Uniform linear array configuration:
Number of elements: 64
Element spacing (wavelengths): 0.25
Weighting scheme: hamming
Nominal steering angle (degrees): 60
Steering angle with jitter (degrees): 58.45
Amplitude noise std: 0.05
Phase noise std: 0.05

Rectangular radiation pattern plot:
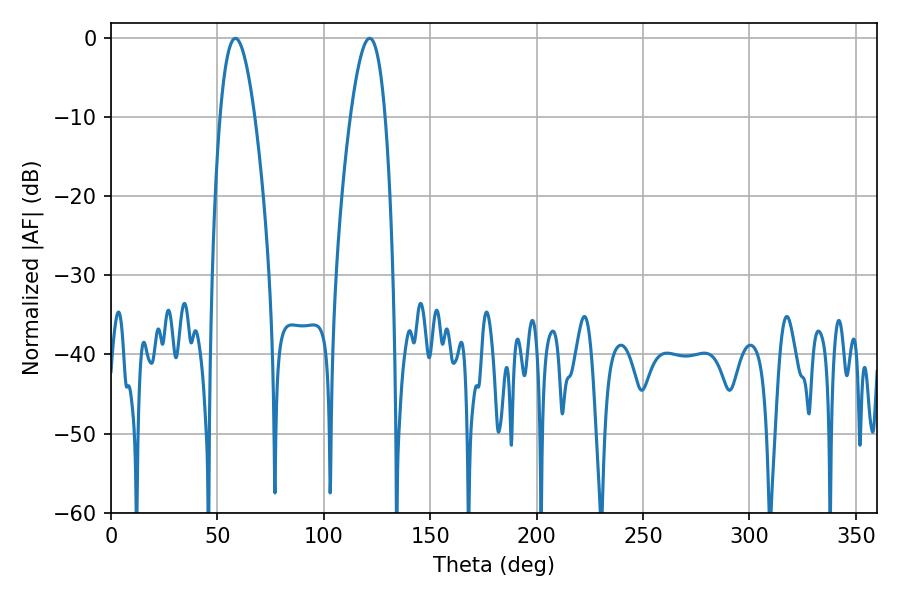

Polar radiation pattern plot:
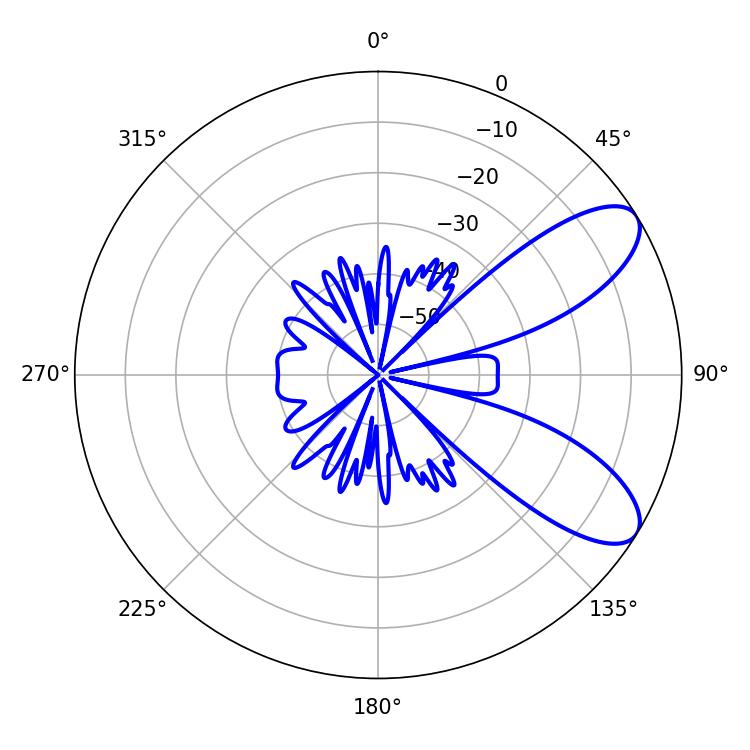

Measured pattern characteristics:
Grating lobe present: FALSE
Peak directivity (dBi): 8.421
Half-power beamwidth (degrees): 8.82
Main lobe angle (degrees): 58.5